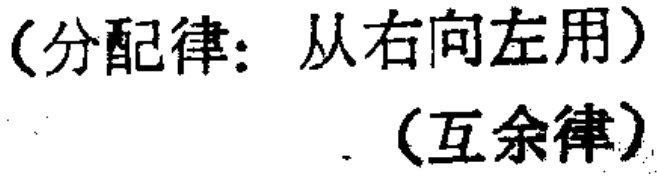
（分配律：从右向左用）（互余律）